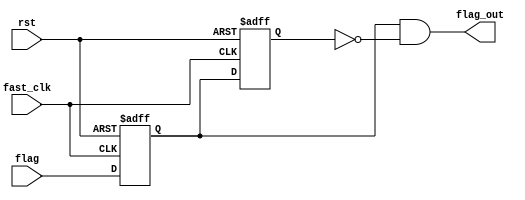
`timescale 1ns / 1ps
//////////////////////////////////////////////////////////////////////////////////
// 
// Design Name: Synchronizer
// Module Name: synchronizer 
// Project Name: SPI LCD Controller
// Target Devices: XC2C256-7-TQ144
// Description: Synchronizes a signal coming out from a slower clock, to a faster one
//
//////////////////////////////////////////////////////////////////////////////////
module synchronizer(
	input wire fast_clk, rst,
	input wire flag,
	output wire flag_out
);

	reg flagger1, flagger2;
	
	// Create pulse on rising edge of "flag" signal
	assign flag_out = flagger1 & ~flagger2;
	
	initial begin
		flagger1 = 1'b0;
		flagger2 = 1'b0;
	end
	
	always @(negedge fast_clk or posedge rst) begin
		if(rst) begin
			flagger1 <= 1'b0;
			flagger2 <= 1'b0;
		end else begin
			flagger1 <= flag;
			flagger2 <= flagger1;
		end
	end

endmodule